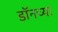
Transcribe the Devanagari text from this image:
डॉनच्या